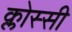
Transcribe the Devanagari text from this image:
क्लोस्सी